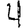
Digit: 4